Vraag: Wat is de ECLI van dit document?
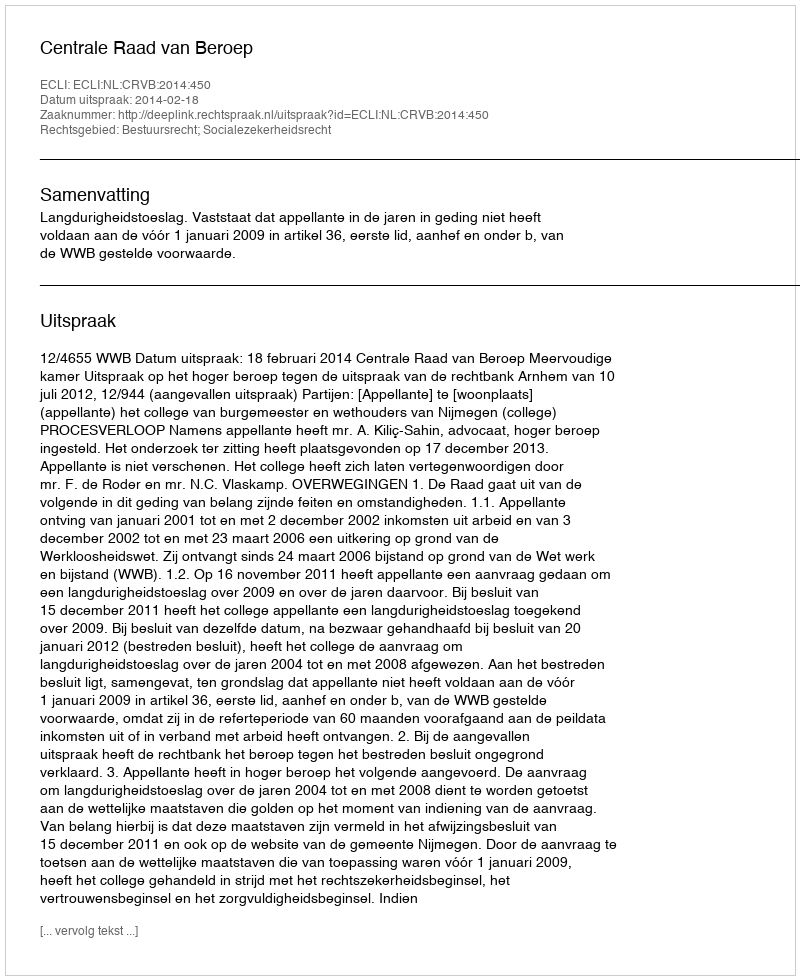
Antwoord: ECLI:NL:CRVB:2014:450